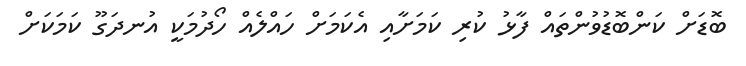
ބޮޑަށް ކަންބޮޑުވުންތައް ފާޅު ކުރި ކަމަށާއި އެކަމަށް ހައްލެއް ހޯދުމަކީ އުނދަގޫ ކަމަކަށް